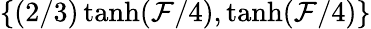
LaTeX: \{ (2/3)\operatorname{tanh}(\mathcal{F}/4),\operatorname{tanh}(\mathcal{F}/4)\}